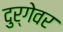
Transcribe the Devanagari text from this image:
दुर्गेवर